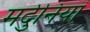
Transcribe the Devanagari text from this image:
मर्दुनियां